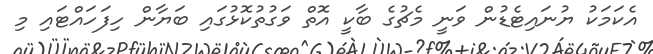
އެކަމަކު ޔުނައިޓެޑުން ވަނީ މެޗުގެ ބާކީ އޮތް ވަގުތުކޮޅުގައި ބަޔާން ހިފަހައްޓައި މި